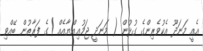
އެއީ މަނަދޫ އެކުވެރިންގެ ގުޅުން ( މަނަދީ ޖަމުޢިއްޔާއެއް )ގެ ފަރާތުން ބޭއްވި